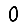
Digit: 0